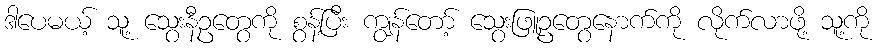
ဒါပေမယ့် သူ့ သွေးနီဥတွေကို စွန့်ပြီး ကျွန်တော့် သွေးဖြူဥတွေနောက်ကို လိုက်လာဖို့ သူ့ကို